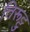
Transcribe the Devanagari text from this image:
तिरूट्टु